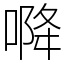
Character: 𭉓